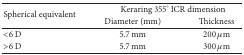
| <ROWSPAN=2> Spherical equivalent | <COLSPAN=2> Keraring 355° ICR dimension |
 | Diameter (mm) | Thickness |
 | --- | --- | --- |
 | <6 D | 5.7 mm | 200 μm |
 | >6 D | 5.7 mm | 300 μm |